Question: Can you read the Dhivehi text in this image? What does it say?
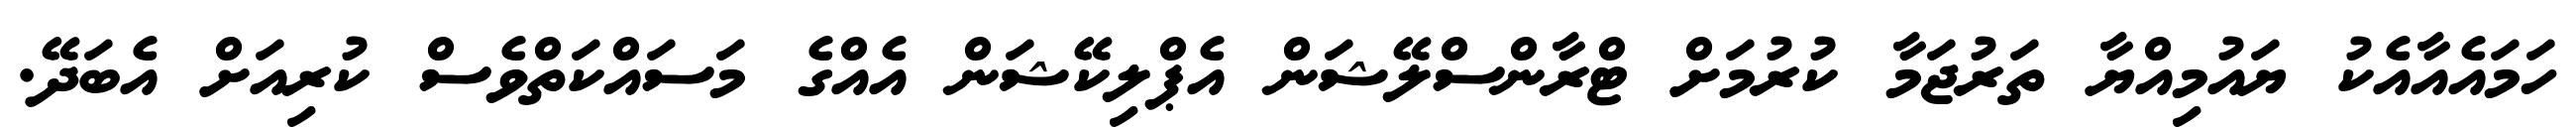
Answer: ހަމައެއާއެކު ޔައުމިއްޔާ ތަރުޖަމާ ކުރުމަށް ޓްރާންސްލޭޝަން އެޕްލިކޭޝަން އެއްގެ މަސައްކަތްވެސް ކުރިއަށް އެބަދޭ.